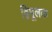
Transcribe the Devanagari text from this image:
द्विमूलक